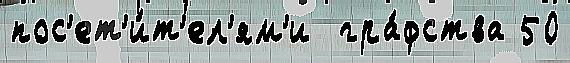
пос'ет'и́т'ел'ям'и  гра́фства 50